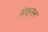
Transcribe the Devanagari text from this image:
पितृनाम